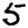
Digit: 5